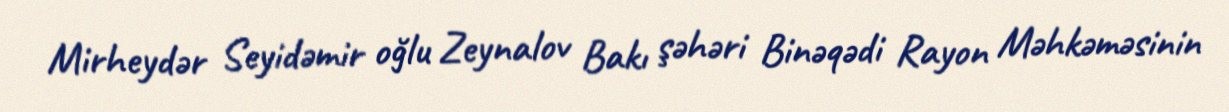
Mirheydər Seyidəmir oğlu Zeynalov Bakı şəhəri Binəqədi Rayon Məhkəməsinin